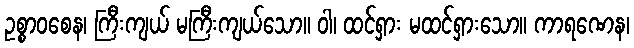
ဥစ္စာဝစေန၊ ကြီးကျယ် မကြီးကျယ်သော။ ဝါ၊ ထင်ရှား မထင်ရှားသော။ ကာရဏေန၊